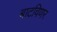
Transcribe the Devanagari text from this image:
बाटविणर